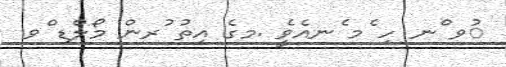
ުވ ްނ ހި ެމ ެނއެވެީ .މގެ އިތު ުރން މޯލްޑި ްވ